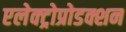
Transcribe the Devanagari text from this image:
एलेक्ट्रोप्रोडक्शन